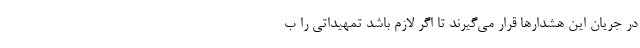
در جریان این هشدارها قرار می‌گیرند تا اگر لازم باشد تمهیداتی را ب